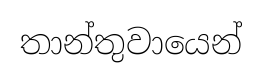
තාන්තුවායෙන්